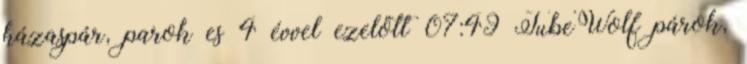
házaspár, parok es 4 évvel ezelőtt 07:49 TubeWolf párok,